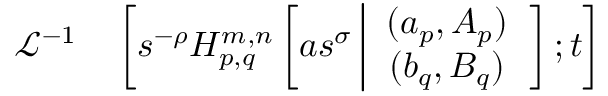
\begin{array} { r l } { \mathcal { L } ^ { - 1 } } & { { } \left[ s ^ { - \rho } H _ { p , q } ^ { m , n } \left[ a s ^ { \sigma } \left| \begin{array} { c } { ( a _ { p } , A _ { p } ) } \\ { ( b _ { q } , B _ { q } ) } \end{array} \right. \right] ; t \right] } \end{array}